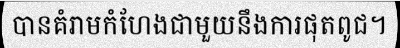
បានគំរាមកំហែងជាមួយនឹងការផុតពូជ។